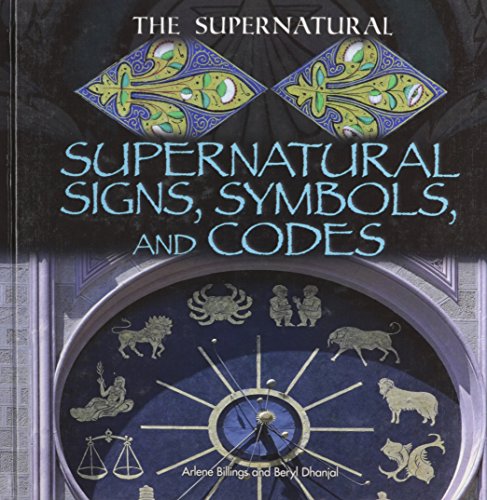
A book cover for Supernatural Signs, Symbols, and Codes (The Supernatural); Arlene Billings; Teen & Young Adult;